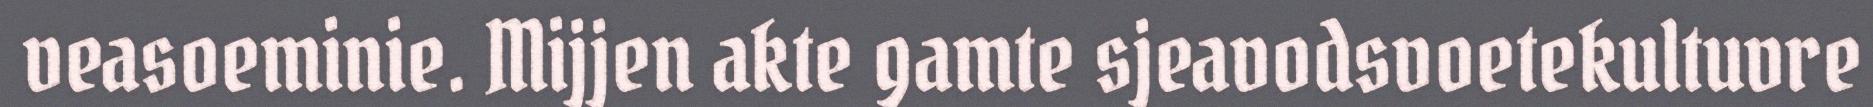
veasoeminie. Mijjen akte gamte sjeavodsvoetekultuvre